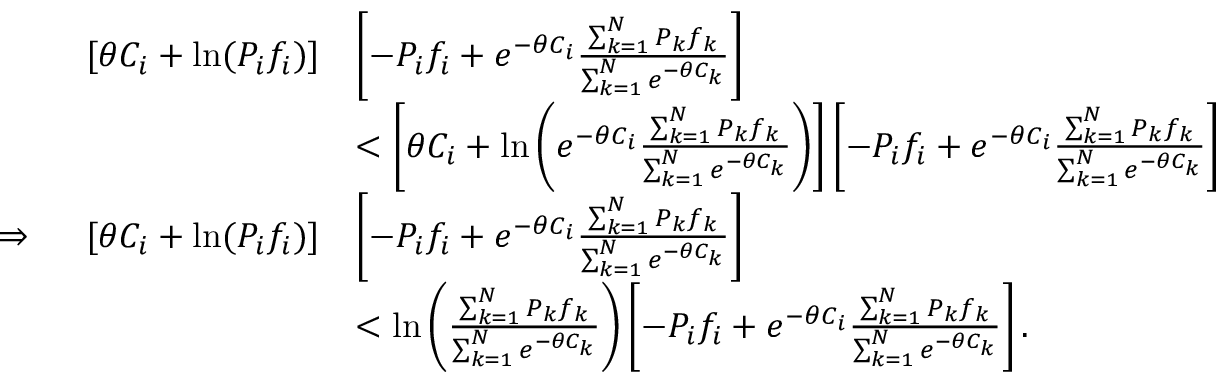
\begin{array} { r l } { [ \theta C _ { i } + \mathrm { l n } ( P _ { i } f _ { i } ) ] } & { \left[ - P _ { i } f _ { i } + e ^ { - \theta C _ { i } } \frac { \sum _ { k = 1 } ^ { N } P _ { k } f _ { k } } { \sum _ { k = 1 } ^ { N } e ^ { - \theta C _ { k } } } \right] } \\ & { < \left[ \theta C _ { i } + \mathrm { l n } \left( e ^ { - \theta C _ { i } } \frac { \sum _ { k = 1 } ^ { N } P _ { k } f _ { k } } { \sum _ { k = 1 } ^ { N } e ^ { - \theta C _ { k } } } \right) \right] \left[ - P _ { i } f _ { i } + e ^ { - \theta C _ { i } } \frac { \sum _ { k = 1 } ^ { N } P _ { k } f _ { k } } { \sum _ { k = 1 } ^ { N } e ^ { - \theta C _ { k } } } \right] } \\ { \Rightarrow \ \ \ \ [ \theta C _ { i } + \mathrm { l n } ( P _ { i } f _ { i } ) ] } & { \left[ - P _ { i } f _ { i } + e ^ { - \theta C _ { i } } \frac { \sum _ { k = 1 } ^ { N } P _ { k } f _ { k } } { \sum _ { k = 1 } ^ { N } e ^ { - \theta C _ { k } } } \right] } \\ & { < \mathrm { l n } \left( \frac { \sum _ { k = 1 } ^ { N } P _ { k } f _ { k } } { \sum _ { k = 1 } ^ { N } e ^ { - \theta C _ { k } } } \right) \left[ - P _ { i } f _ { i } + e ^ { - \theta C _ { i } } \frac { \sum _ { k = 1 } ^ { N } P _ { k } f _ { k } } { \sum _ { k = 1 } ^ { N } e ^ { - \theta C _ { k } } } \right] . } \end{array}